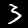
Label: 3